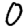
Digit: 0